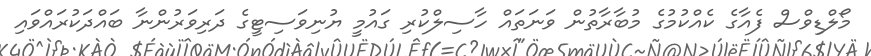
މޯލްޑިވްސް ފެއާގެ ކެއްކުމުގެ މުބާރާތުން ވަނަތައް ހާސިލްކުރި ގައުމީ ޔުނިވަސިޓީގެ ދަރިވަރުންނާ ބައްދަކުރައްވައި